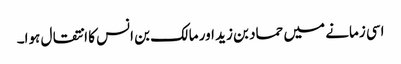
اسی زمانے میں حماد بن زید اور مالک بن انس کا انتقال ہوا۔